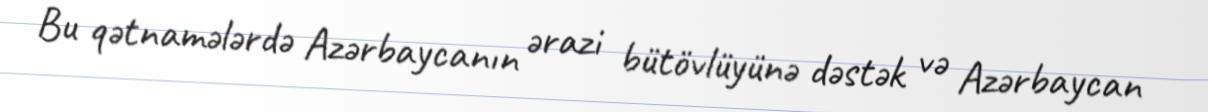
Bu qətnamələrdə Azərbaycanın ərazi bütövlüyünə dəstək və Azərbaycan